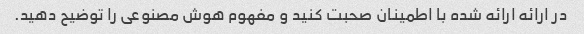
در ارائه ارائه شده با اطمینان صحبت کنید و مفهوم هوش مصنوعی را توضیح دهید.